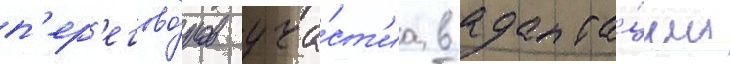
п'ер'егово́ров уча́ст'иа в адапта́ции